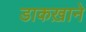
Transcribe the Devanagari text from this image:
डाकख़ाने